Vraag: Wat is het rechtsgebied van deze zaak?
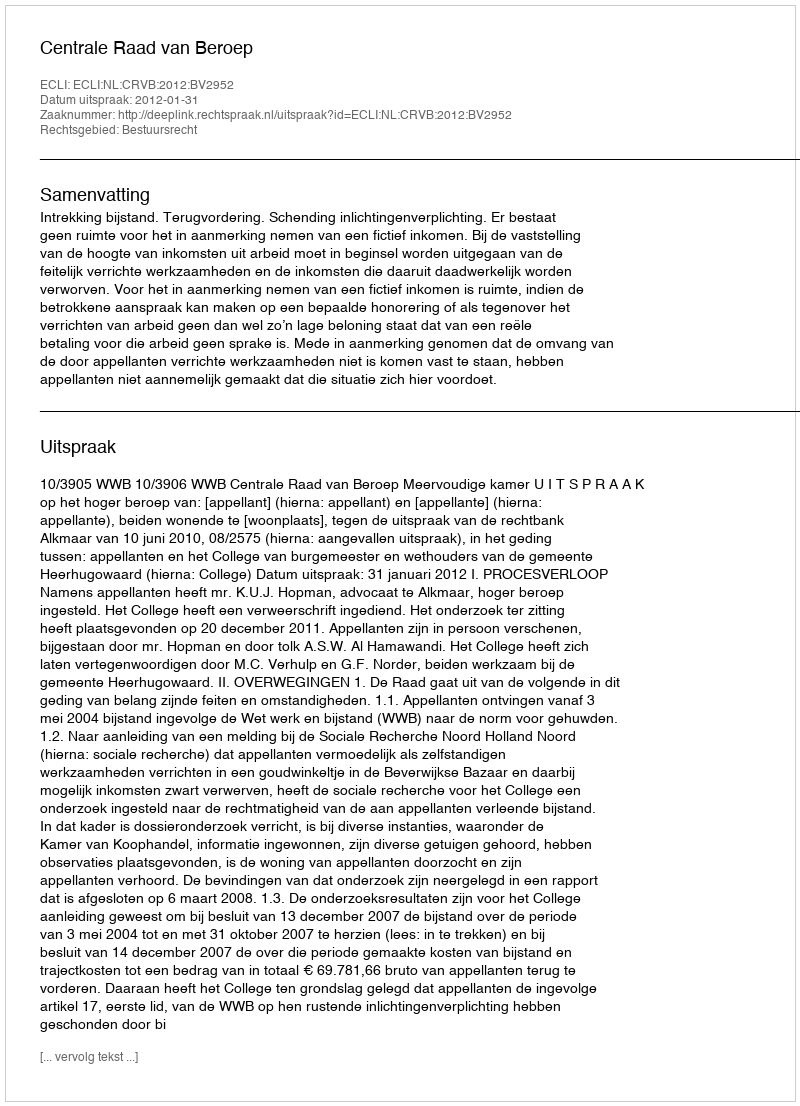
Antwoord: Bestuursrecht